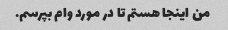
من اینجا هستم تا در مورد وام بپرسم.